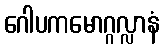
ဂေါပကမောဂ္ဂလ္လာနံ